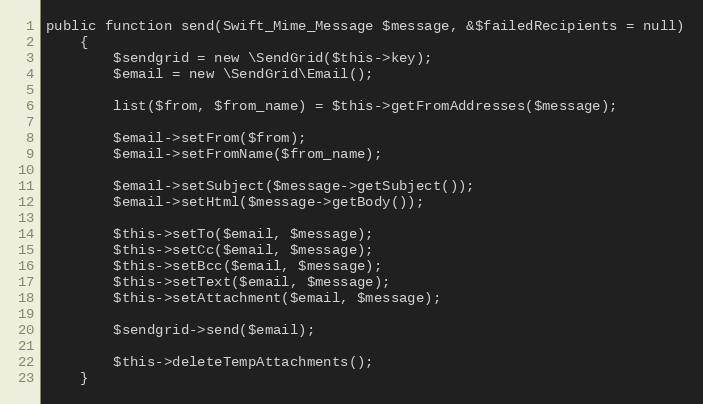
Language: PHP
public function send(Swift_Mime_Message $message, &$failedRecipients = null)
	{
		$sendgrid = new \SendGrid($this->key);
		$email = new \SendGrid\Email();

		list($from, $from_name) = $this->getFromAddresses($message);

		$email->setFrom($from);
		$email->setFromName($from_name);

		$email->setSubject($message->getSubject());
		$email->setHtml($message->getBody());

		$this->setTo($email, $message);
		$this->setCc($email, $message);
		$this->setBcc($email, $message);
		$this->setText($email, $message);
		$this->setAttachment($email, $message);

		$sendgrid->send($email);

		$this->deleteTempAttachments();
	}